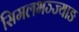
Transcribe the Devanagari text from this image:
सिमलभञ्ज्याङ